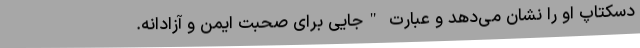
دسکتاپ او را نشان می‌دهد و عبارت "جایی برای صحبت ایمن و آزادانه.